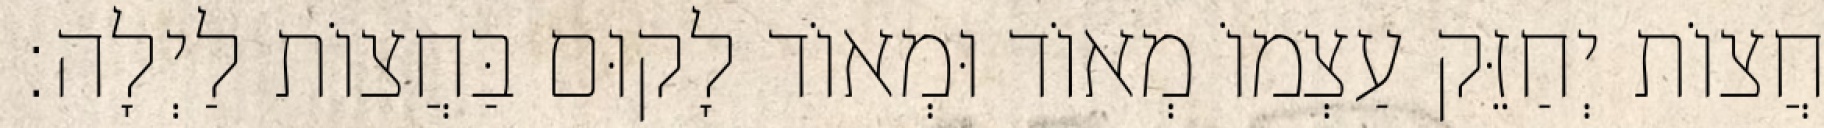
חֲצוֹת יְחַזֵּק עַצְמוֹ מְאוֹד וּמְאוֹד לָקוּם בַּחֲצוֹת לַיְלָה: